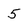
Character: 5